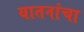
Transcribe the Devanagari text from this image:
यातनांचा